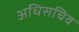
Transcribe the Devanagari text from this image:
अधिसचिव